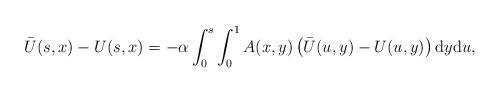
LaTeX: \begin{align*} \Bar{U}(s,x)-U(s,x)=-\alpha \int_0^s \int_0^1 A(x,y)\left( \Bar{U}(u,y)-U(u,y) \right)\mathrm{d}y \mathrm{d}u, \end{align*}